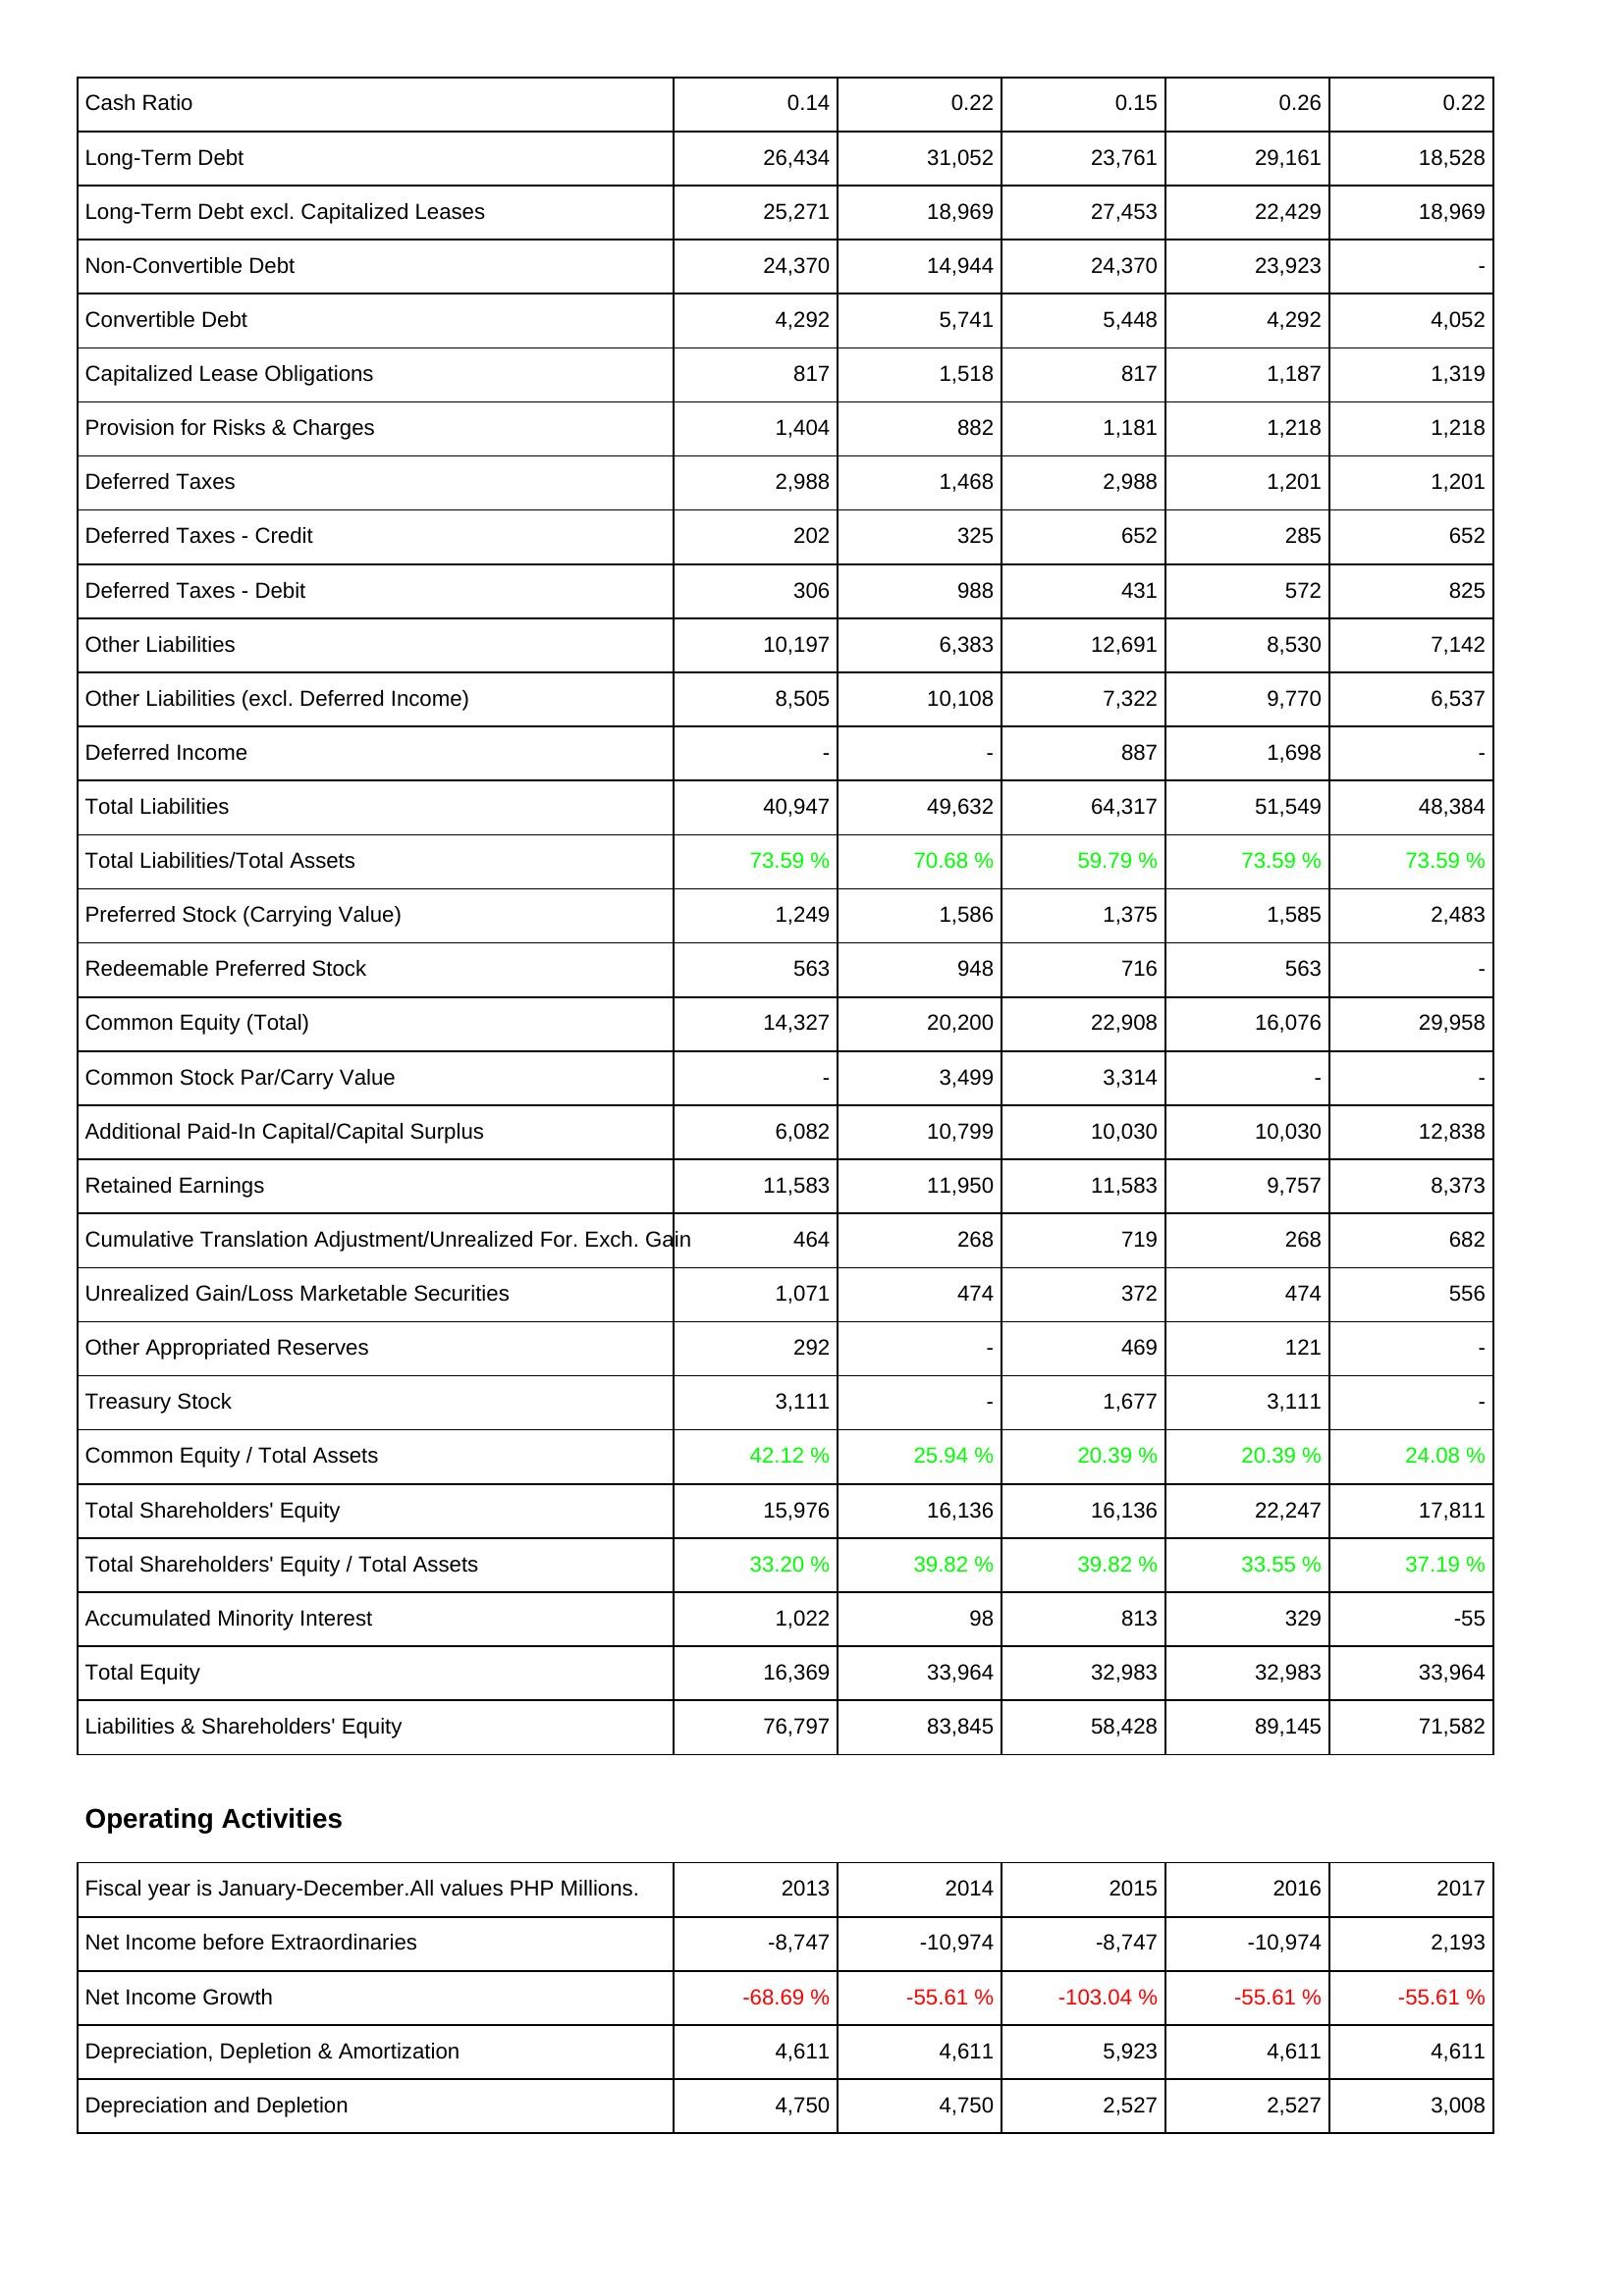
2013: Liabilities & Shareholders' Equity: Cash Ratio: 0.14
Long-Term Debt: 26,434
Long-Term Debt excl. Capitalized Leases: 25,271
Non-Convertible Debt: 24,370
Convertible Debt: 4,292
Capitalized Lease Obligations: 817
Provision for Risks & Charges: 1,404
Deferred Taxes: 2,988
Deferred Taxes - Credit: 202
Deferred Taxes - Debit: 306
Other Liabilities: 10,197
Other Liabilities (excl. Deferred Income): 8,505
Deferred Income: -
Total Liabilities: 40,947
Total Liabilities/Total Assets: 73.59 %
Preferred Stock (Carrying Value): 1,249
Redeemable Preferred Stock: 563
Common Equity (Total): 14,327
Common Stock Par/Carry Value: -
Additional Paid-In Capital/Capital Surplus: 6,082
Retained Earnings: 11,583
Cumulative Translation Adjustment/Unrealized For. Exch. Gain: 464
Unrealized Gain/Loss Marketable Securities: 1,071
Other Appropriated Reserves: 292
Treasury Stock: 3,111
Common Equity / Total Assets: 42.12 %
Total Shareholders' Equity: 15,976
Total Shareholders' Equity / Total Assets: 33.20 %
Accumulated Minority Interest: 1,022
Total Equity: 16,369
Liabilities & Shareholders' Equity: 76,797
Operating Activities: Net Income before Extraordinaries: -8,747
Net Income Growth: -68.69 %
Depreciation, Depletion & Amortization: 4,611
Depreciation and Depletion: 4,750
2014: Liabilities & Shareholders' Equity: Cash Ratio: 0.22
Long-Term Debt: 31,052
Long-Term Debt excl. Capitalized Leases: 18,969
Non-Convertible Debt: 14,944
Convertible Debt: 5,741
Capitalized Lease Obligations: 1,518
Provision for Risks & Charges: 882
Deferred Taxes: 1,468
Deferred Taxes - Credit: 325
Deferred Taxes - Debit: 988
Other Liabilities: 6,383
Other Liabilities (excl. Deferred Income): 10,108
Deferred Income: -
Total Liabilities: 49,632
Total Liabilities/Total Assets: 70.68 %
Preferred Stock (Carrying Value): 1,586
Redeemable Preferred Stock: 948
Common Equity (Total): 20,200
Common Stock Par/Carry Value: 3,499
Additional Paid-In Capital/Capital Surplus: 10,799
Retained Earnings: 11,950
Cumulative Translation Adjustment/Unrealized For. Exch. Gain: 268
Unrealized Gain/Loss Marketable Securities: 474
Other Appropriated Reserves: -
Treasury Stock: -
Common Equity / Total Assets: 25.94 %
Total Shareholders' Equity: 16,136
Total Shareholders' Equity / Total Assets: 39.82 %
Accumulated Minority Interest: 98
Total Equity: 33,964
Liabilities & Shareholders' Equity: 83,845
Operating Activities: Net Income before Extraordinaries: -10,974
Net Income Growth: -55.61 %
Depreciation, Depletion & Amortization: 4,611
Depreciation and Depletion: 4,750
2015: Liabilities & Shareholders' Equity: Cash Ratio: 0.15
Long-Term Debt: 23,761
Long-Term Debt excl. Capitalized Leases: 27,453
Non-Convertible Debt: 24,370
Convertible Debt: 5,448
Capitalized Lease Obligations: 817
Provision for Risks & Charges: 1,181
Deferred Taxes: 2,988
Deferred Taxes - Credit: 652
Deferred Taxes - Debit: 431
Other Liabilities: 12,691
Other Liabilities (excl. Deferred Income): 7,322
Deferred Income: 887
Total Liabilities: 64,317
Total Liabilities/Total Assets: 59.79 %
Preferred Stock (Carrying Value): 1,375
Redeemable Preferred Stock: 716
Common Equity (Total): 22,908
Common Stock Par/Carry Value: 3,314
Additional Paid-In Capital/Capital Surplus: 10,030
Retained Earnings: 11,583
Cumulative Translation Adjustment/Unrealized For. Exch. Gain: 719
Unrealized Gain/Loss Marketable Securities: 372
Other Appropriated Reserves: 469
Treasury Stock: 1,677
Common Equity / Total Assets: 20.39 %
Total Shareholders' Equity: 16,136
Total Shareholders' Equity / Total Assets: 39.82 %
Accumulated Minority Interest: 813
Total Equity: 32,983
Liabilities & Shareholders' Equity: 58,428
Operating Activities: Net Income before Extraordinaries: -8,747
Net Income Growth: -103.04 %
Depreciation, Depletion & Amortization: 5,923
Depreciation and Depletion: 2,527
2016: Liabilities & Shareholders' Equity: Cash Ratio: 0.26
Long-Term Debt: 29,161
Long-Term Debt excl. Capitalized Leases: 22,429
Non-Convertible Debt: 23,923
Convertible Debt: 4,292
Capitalized Lease Obligations: 1,187
Provision for Risks & Charges: 1,218
Deferred Taxes: 1,201
Deferred Taxes - Credit: 285
Deferred Taxes - Debit: 572
Other Liabilities: 8,530
Other Liabilities (excl. Deferred Income): 9,770
Deferred Income: 1,698
Total Liabilities: 51,549
Total Liabilities/Total Assets: 73.59 %
Preferred Stock (Carrying Value): 1,585
Redeemable Preferred Stock: 563
Common Equity (Total): 16,076
Common Stock Par/Carry Value: -
Additional Paid-In Capital/Capital Surplus: 10,030
Retained Earnings: 9,757
Cumulative Translation Adjustment/Unrealized For. Exch. Gain: 268
Unrealized Gain/Loss Marketable Securities: 474
Other Appropriated Reserves: 121
Treasury Stock: 3,111
Common Equity / Total Assets: 20.39 %
Total Shareholders' Equity: 22,247
Total Shareholders' Equity / Total Assets: 33.55 %
Accumulated Minority Interest: 329
Total Equity: 32,983
Liabilities & Shareholders' Equity: 89,145
Operating Activities: Net Income before Extraordinaries: -10,974
Net Income Growth: -55.61 %
Depreciation, Depletion & Amortization: 4,611
Depreciation and Depletion: 2,527
2017: Liabilities & Shareholders' Equity: Cash Ratio: 0.22
Long-Term Debt: 18,528
Long-Term Debt excl. Capitalized Leases: 18,969
Non-Convertible Debt: -
Convertible Debt: 4,052
Capitalized Lease Obligations: 1,319
Provision for Risks & Charges: 1,218
Deferred Taxes: 1,201
Deferred Taxes - Credit: 652
Deferred Taxes - Debit: 825
Other Liabilities: 7,142
Other Liabilities (excl. Deferred Income): 6,537
Deferred Income: -
Total Liabilities: 48,384
Total Liabilities/Total Assets: 73.59 %
Preferred Stock (Carrying Value): 2,483
Redeemable Preferred Stock: -
Common Equity (Total): 29,958
Common Stock Par/Carry Value: -
Additional Paid-In Capital/Capital Surplus: 12,838
Retained Earnings: 8,373
Cumulative Translation Adjustment/Unrealized For. Exch. Gain: 682
Unrealized Gain/Loss Marketable Securities: 556
Other Appropriated Reserves: -
Treasury Stock: -
Common Equity / Total Assets: 24.08 %
Total Shareholders' Equity: 17,811
Total Shareholders' Equity / Total Assets: 37.19 %
Accumulated Minority Interest: -55
Total Equity: 33,964
Liabilities & Shareholders' Equity: 71,582
Operating Activities: Net Income before Extraordinaries: 2,193
Net Income Growth: -55.61 %
Depreciation, Depletion & Amortization: 4,611
Depreciation and Depletion: 3,008